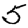
Digit: 5